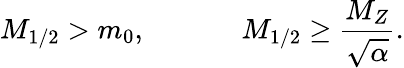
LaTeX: M_{1/2}>m_{0},\; \; \; \; \; \; \; \; \; \; \; \; M_{1/2}\geq\frac{M_{Z}}{\sqrt{\alpha}}.